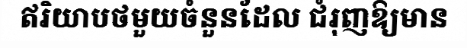
ឥរិយាបថមួយចំនួនដែល ជំរុញឱ្យមាន